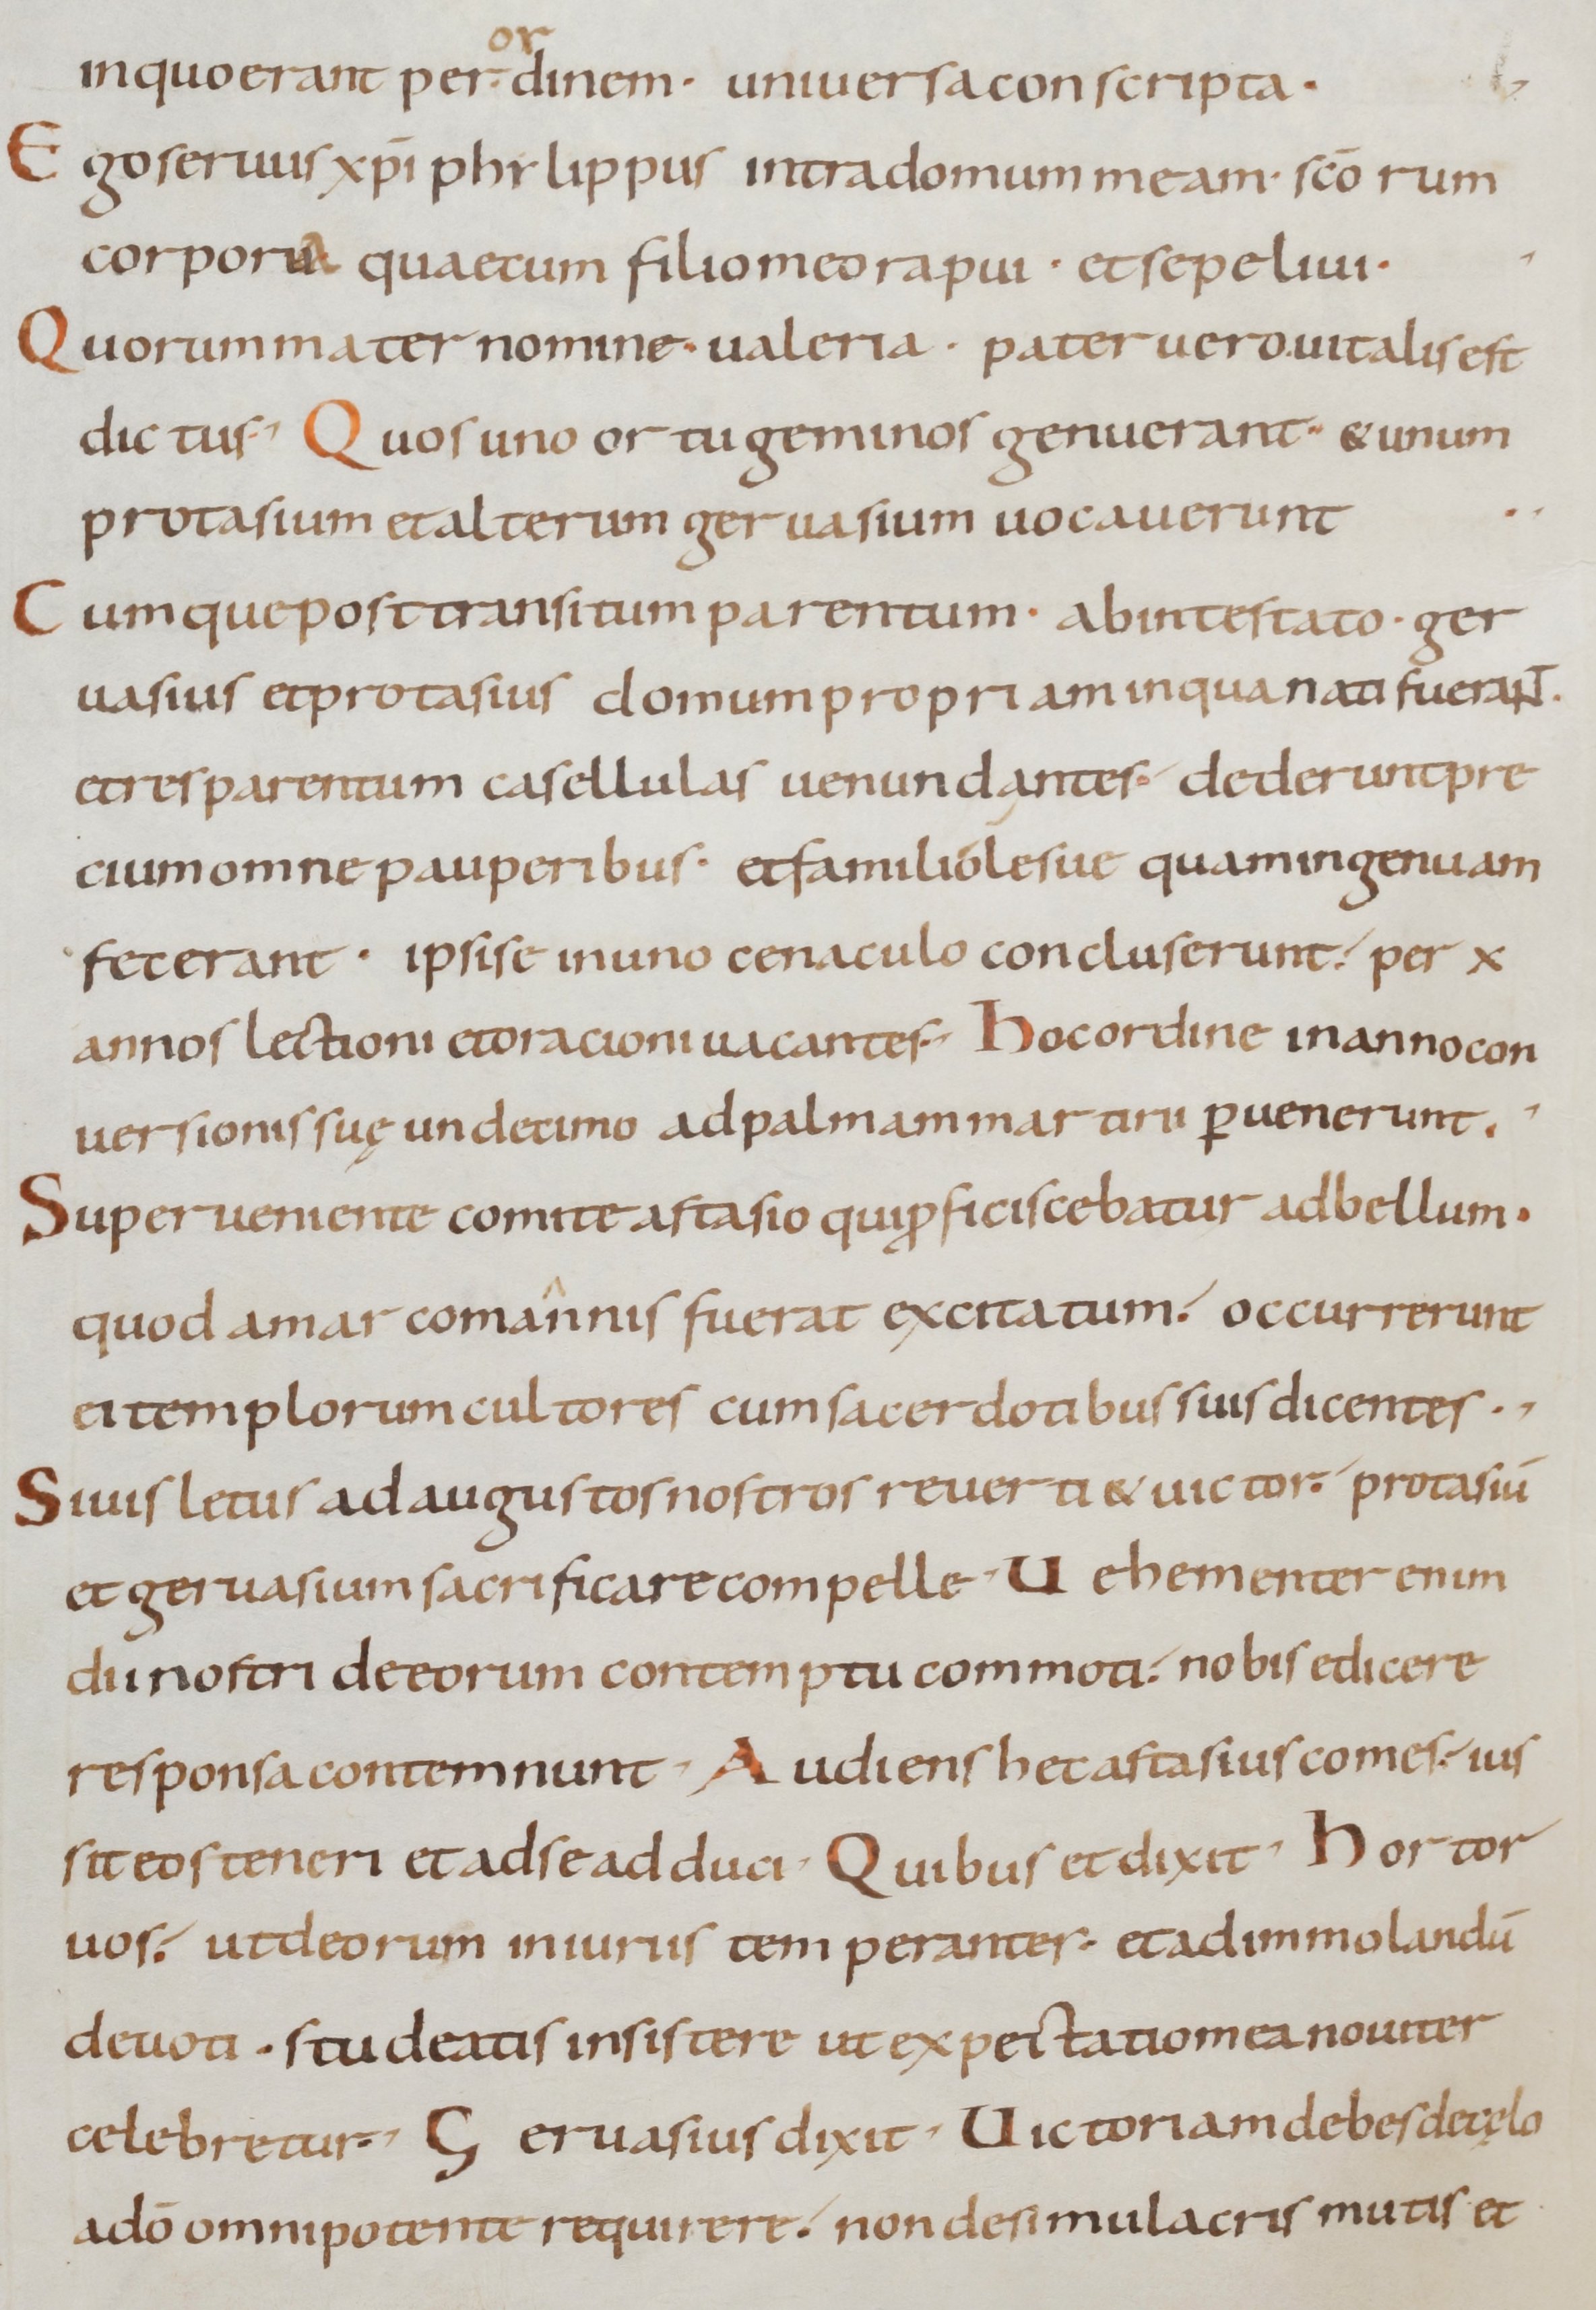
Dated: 800–999